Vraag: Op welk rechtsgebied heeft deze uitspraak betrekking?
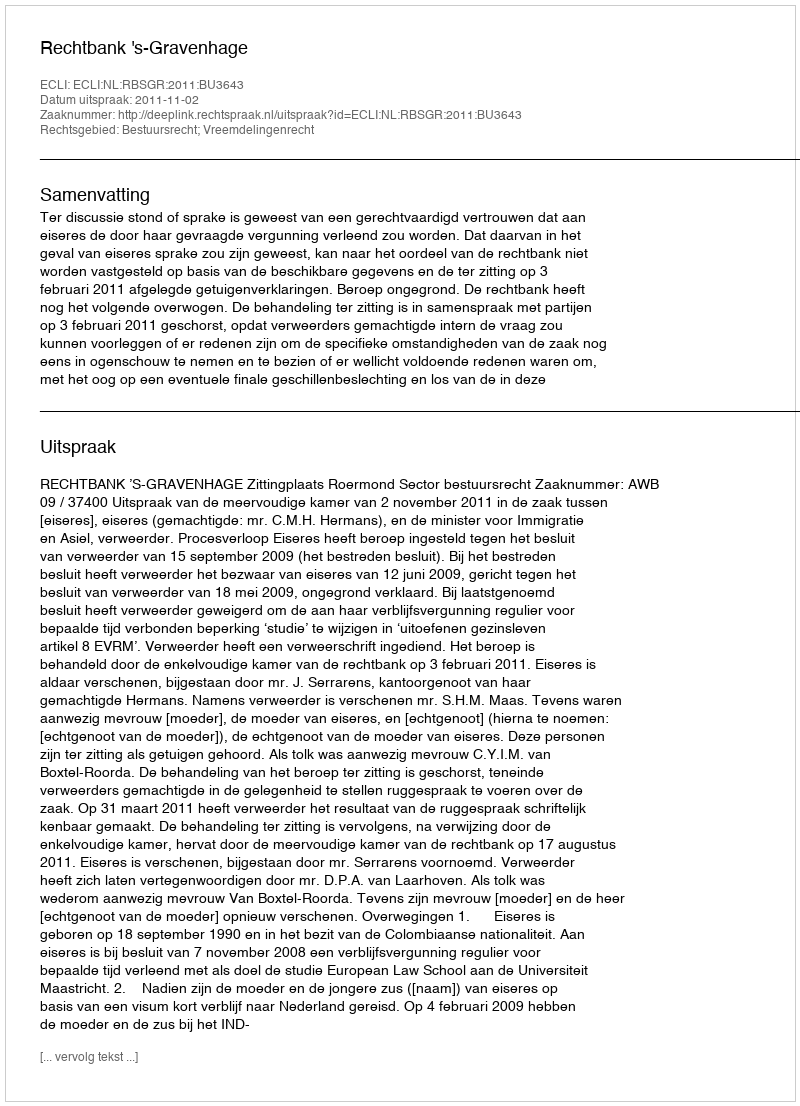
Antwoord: Bestuursrecht; Vreemdelingenrecht